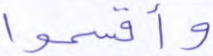
وأقسموا